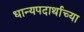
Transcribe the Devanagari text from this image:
धान्यपदार्थाच्या